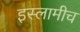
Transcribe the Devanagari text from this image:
इस्लामीच